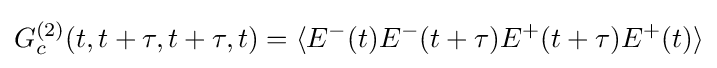
G_{c}^{(2)}(t,t+\tau ,t+\tau ,t)=\langle E^{-}(t)E^{-}(t+\tau )E^{+}(t+\tau )E^{+}(t)\rangle